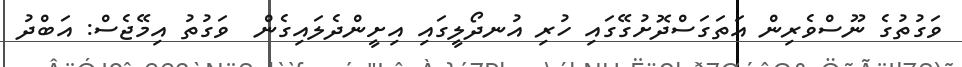
ވަގުތުގެ ނޫސްވެރިން އަތަގަސްދޮށުގޭގައި ހުރި އުނދޯލީގައި އިށީންދެލައިގެން  ވަގުތު އިމޭޖެސް: އަބްދު